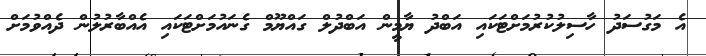
އެ މަގުސަދު ހާސިލުކުރުމަށްޓަކައި އަބްދު ޔާމީން އަބްދުލް ގައްޔޫމް ގެނައުމަށްޓަކައި އެއްބާރުލުން ދެއްވުމަށް